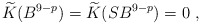
\begin{align*}\widetilde{K}(B^{9-p})=\widetilde{K}(SB^{9-p})=0 \ ,\end{align*}